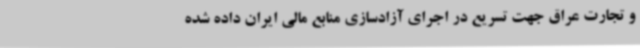
و تجارت عراق جهت تسریع در اجرای آزادسازی منابع مالی ایران داده شده